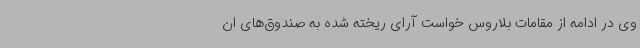
وی در ادامه از مقامات بلاروس خواست آرای ریخته شده به صندوق‌های ان